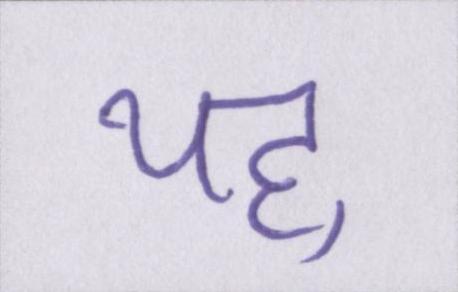
यह्